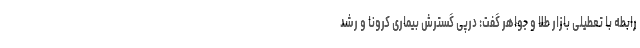
رابطه با تعطیلی بازار طلا و جواهر گفت: درپی گسترش بیماری کرونا و رشد